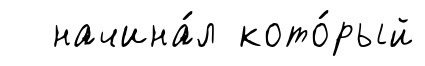
начина́л кото́рый